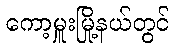
ကော့မှူးမြို့နယ်တွင်